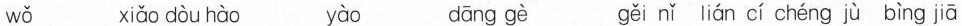
wǒ xiǎo dòu hào yào dāng gè gěi nǐ lián cí chéng jù bìng jiā